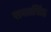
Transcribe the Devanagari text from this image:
रावलसिंह